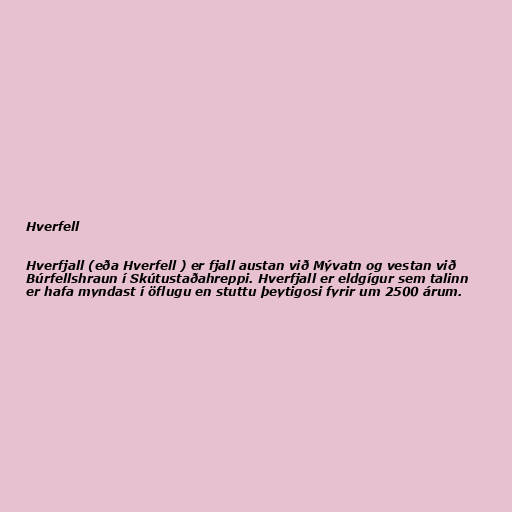
Hverfell

Hverfjall (eða Hverfell ) er fjall austan við Mývatn og vestan við
Búrfellshraun í Skútustaðahreppi. Hverfjall er eldgígur sem talinn
er hafa myndast í öflugu en stuttu þeytigosi fyrir um 2500 árum.